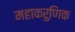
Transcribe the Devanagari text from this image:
महाकरुणिक